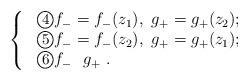
LaTeX: \begin{align*}\rm \left\{ \begin{array}{lll} \ \textcircled{\small{4}}f_{-}=f_{-}(z_{1}),~g_{+}=g_{+}(z_{2}); \\ \ \textcircled{\small{5}}f_{-}=f_{-}(z_{2}),~g_{+}=g_{+}(z_{1}); \\ \ \textcircled{\small{6}}f_{-}~~g_{+} ~. \end{array} \right.\end{align*}